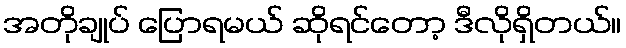
အတိုချုပ် ပြောရမယ် ဆိုရင်တော့ ဒီလိုရှိတယ်။